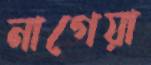
নাগেয়া